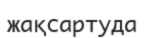
жақсартуда